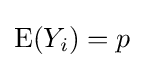
{\textrm {E}}(Y_{i})=p